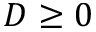
D \geq 0